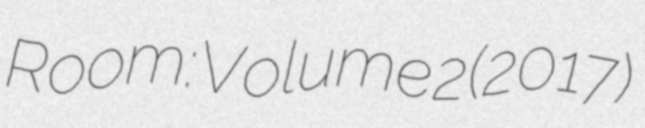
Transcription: Room: Volume 2 (2017)